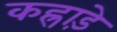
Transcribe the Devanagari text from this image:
कह्राड़े